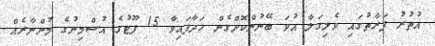
އުތުރު ފަރާތުގައި ވެލިގަލާ އުވަ ބޭނުންކޮށްގެން ހަދާފައިވާ 15 ފޫޓުގެ އުސްމިނުގެ މުންނާރެއް